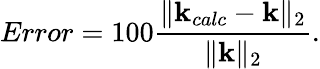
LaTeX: Error=100\frac{\| \mathbf{k}_{calc}-\mathbf{k}\| _{2}}{\| \mathbf{k}\| _{2}}.